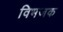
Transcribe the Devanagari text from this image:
विभजक